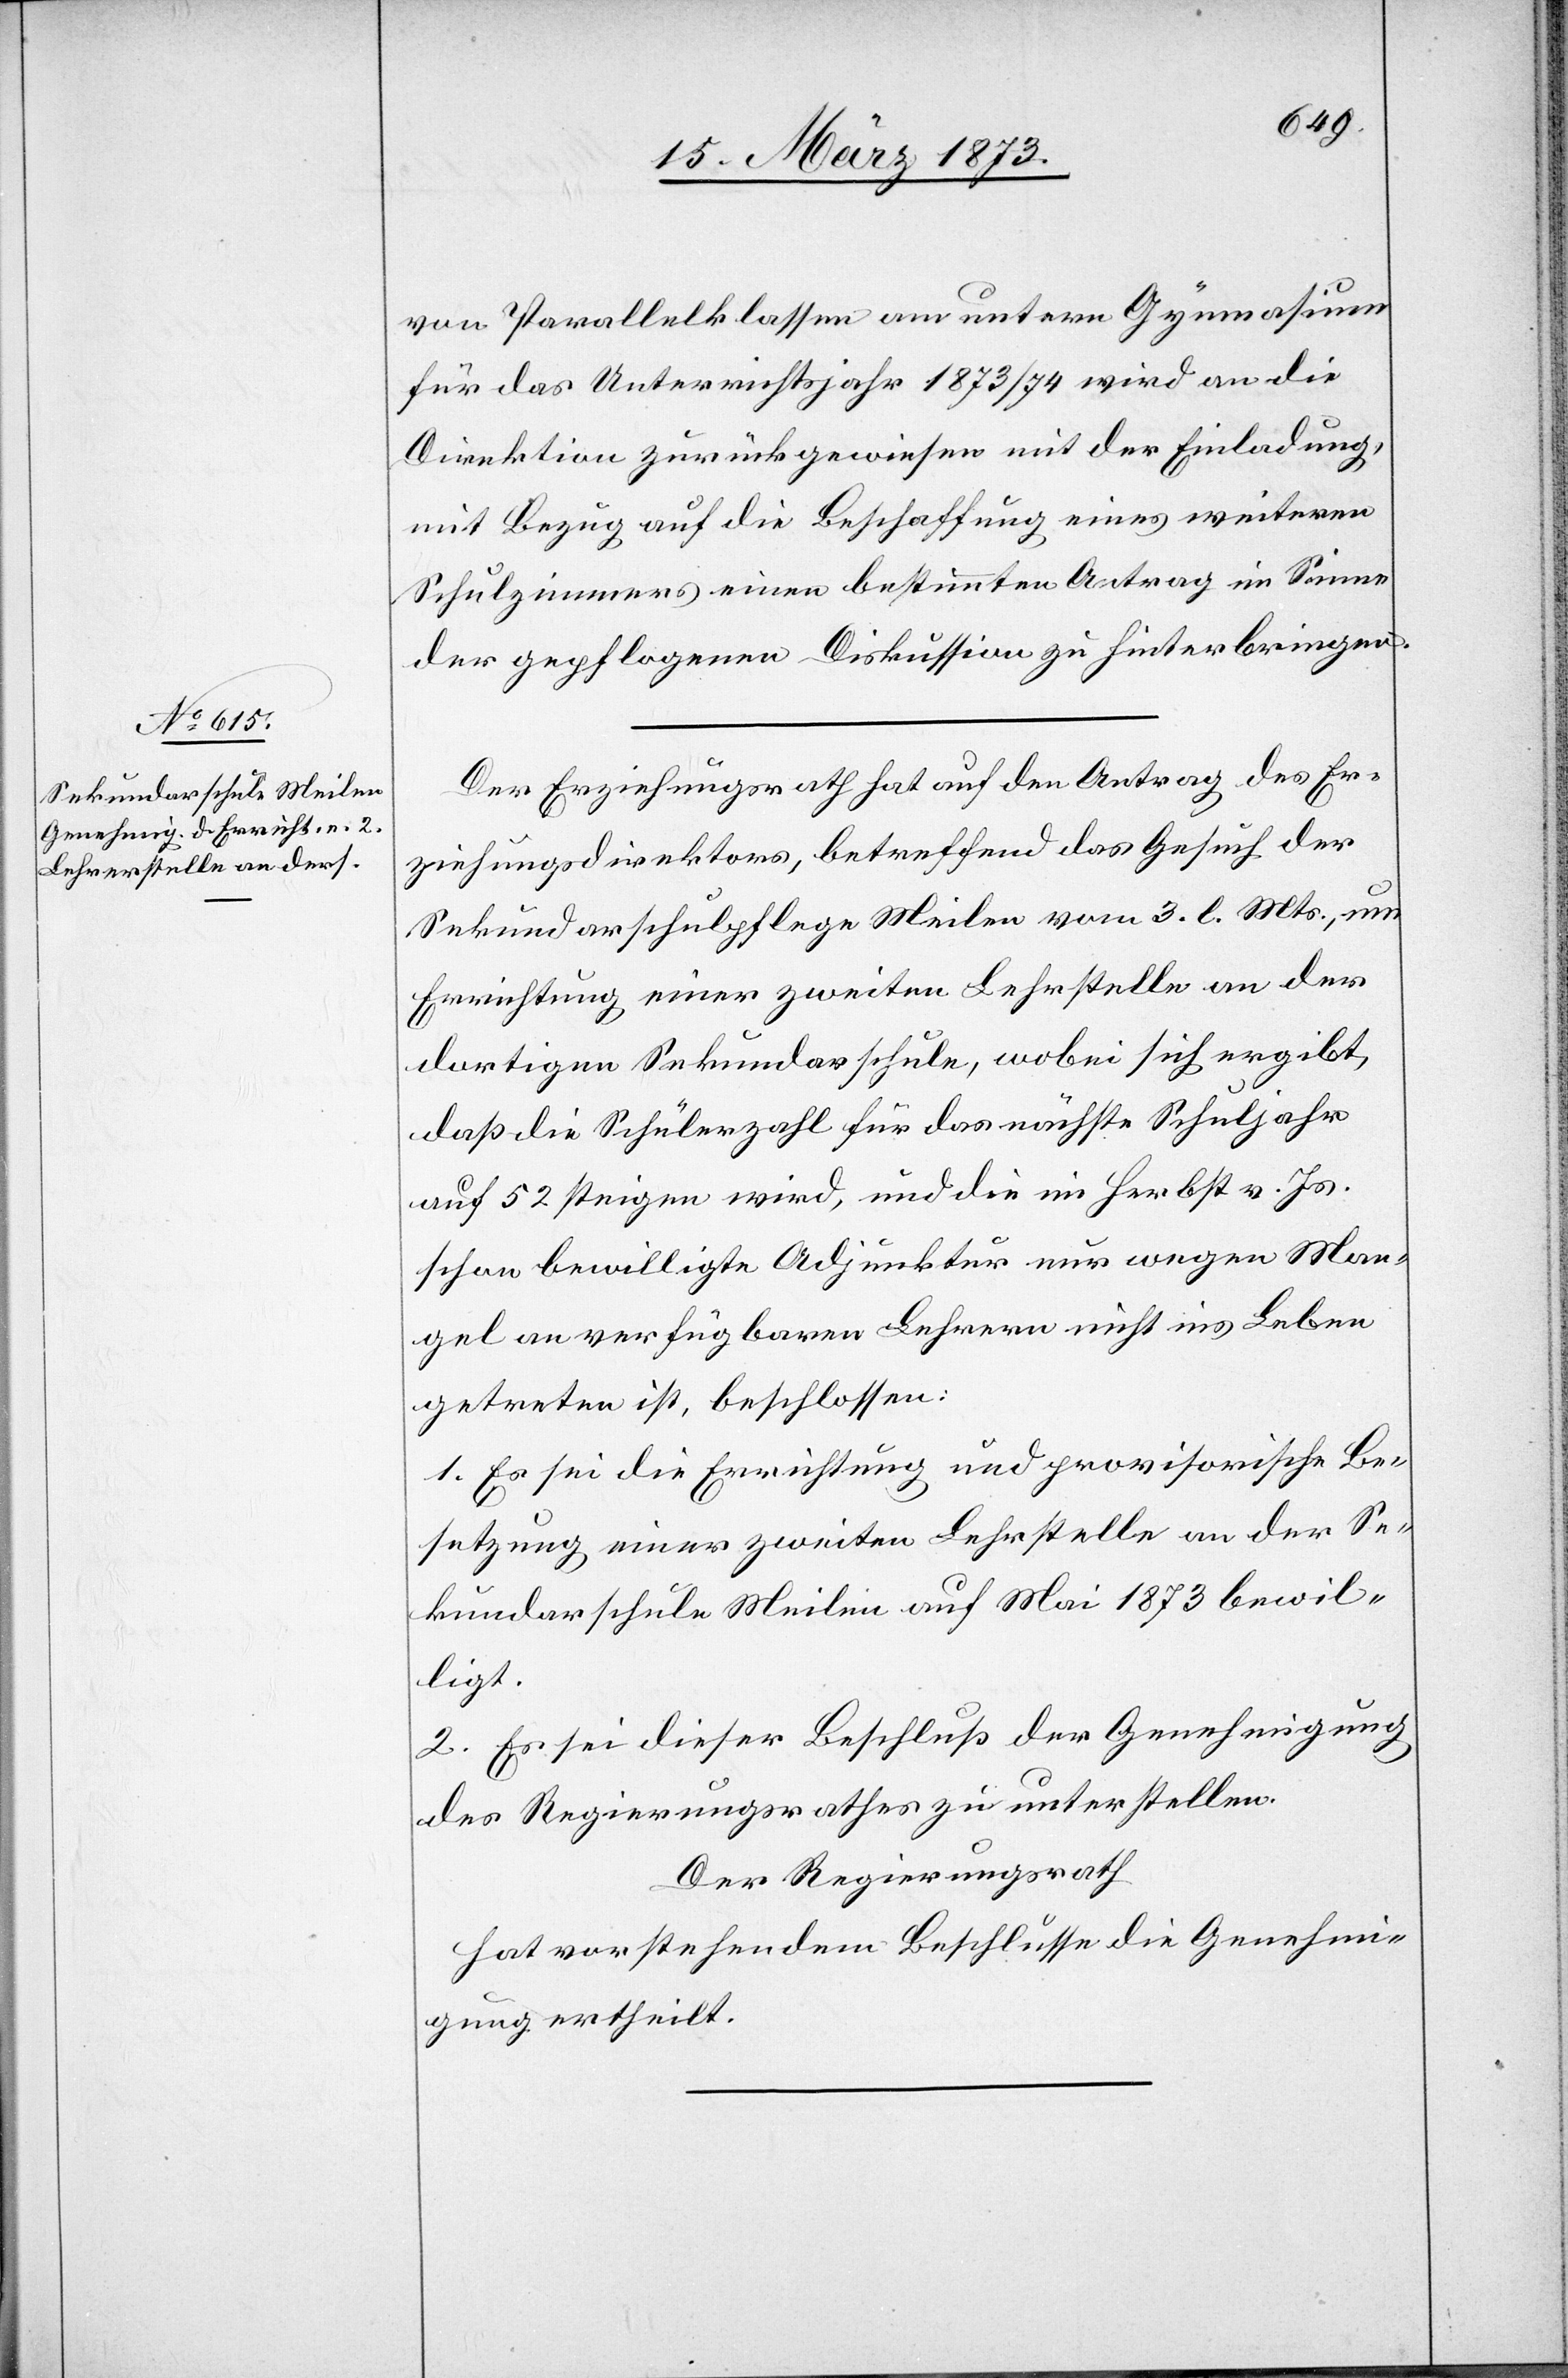
von Parallelklassen am untern Gymnasium
für das Unterrichtsjahr 1873/74 wird an die
Direktion zurückgewiesen mit der Einladung,
mit Bezug auf die Beschaffung eines weiteren
Schulzimmers einen bestimmten Antrag im Sinne
der gepflogenen Diskussion zu hinterbringen.
Der Erziehungsrath hat auf den Antrag des Er¬
ziehungsdirektors, betreffend das Gesuch der
Sekundarschulpflege Meilen vom 3. l. Mts., um
Errichtung einer zweiten Lehr[er]stelle an der
dortigen Sekundarschule, wobei sich ergibt,
daß die Schülerzahl für das nächste Schuljahr
auf 52 steigen wird, und die im Herbst v. Js.
schon bewilligte Adjunktur nur wegen Man¬
gel an verfügbaren Lehrern nicht ins Leben
getreten ist, beschlossen:
1. Es sei die Errichtung und provisorische Be¬
setzung einer zweiten Lehr[er]stelle an der Se¬
kundarschule Meilen auf Mai 1873 bewil¬
ligt.
2. Es sei dieser Beschluß der Genehmigung
des Regierungsrathes zu unterstellen.
Der Regierungsrath
hat vorstehendem Beschlusse die Genehmi¬
gung ertheilt.